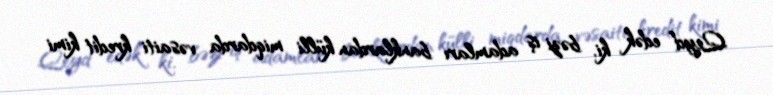
Qeyd edək ki, bəzi iş adamları banklardan külli miqdarda vəsaiti kredit kimi